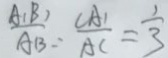
\frac { A _ { 1 } B _ { 1 } } { A B } = \frac { C A _ { 1 } } { A C } = \frac { 1 } { 3 }